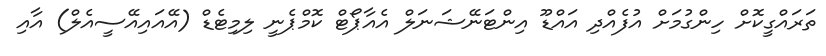
ތަރައްގީކޮށް ހިންގުމަށް އުފެއްދި އައްޑޫ އިންޓަނޭޝަނަލް އެއާޕޯޓް ކޮމްޕެނީ ލިމިޓެޑް (އޭއައިއޭސީއެލް) އާއި